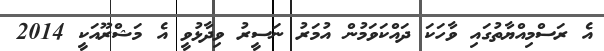
އެ ރަސްމިއްޔާތުގައި ވާހަކަ ދައްކަވަމުން އުމަރު ނަސީރު ވިދާޅުވީ އެ މަޝްރޫއަކީ 2014